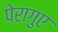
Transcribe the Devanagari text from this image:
पेरागुए